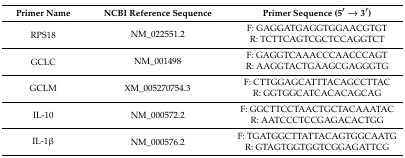
<table><thead><tr><td><b>Primer Name</b></td><td><b>NCBI Reference Sequence</b></td><td><b>Primer Sequence (5′ → 3′)</b></td></tr></thead><tbody><tr><td rowspan="2">RPS18</td><td rowspan="2">NM_022551.2</td><td>F: GAGGATGAGGTGGAACGTGT</td></tr><tr><td>R: TCTTCAGTCGCTCCAGGTCT</td></tr><tr><td rowspan="2">GCLC</td><td rowspan="2">NM_001498</td><td>F: GAGGTCAAACCCAACCCAGT</td></tr><tr><td>R: AAGGTACTGAAGCGAGGGTG</td></tr><tr><td rowspan="2">GCLM</td><td rowspan="2">XM_005270754.3</td><td>F: CTTGGAGCATTTACAGCCTTAC</td></tr><tr><td>R: GGTGGCATCACACAGCAG</td></tr><tr><td rowspan="2">IL-10</td><td rowspan="2">NM_000572.2</td><td>F: GGCTTCCTAACTGCTACAAATAC</td></tr><tr><td>R: AATCCCTCCGAGACACTGG</td></tr><tr><td rowspan="2">IL-1β</td><td rowspan="2">NM_000576.2</td><td>F: TGATGGCTTATTACAGTGGCAATG</td></tr><tr><td>R: GTAGTGGTGGTCGGAGATTCG</td></tr></tbody></table>